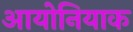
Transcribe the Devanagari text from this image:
आयोनियाक